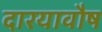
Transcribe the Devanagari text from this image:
दारयावौष